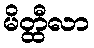
မိတ္ထီလာ